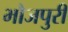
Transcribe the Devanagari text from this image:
भौजपुरी